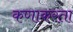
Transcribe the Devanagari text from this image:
कणाकरता